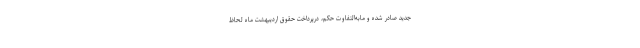
جدید صادر شده و مابه‌التفاوت حکم، درپرداخت حقوق اردیبهشت ماه لحاظ